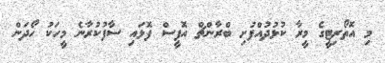
މި އޮތޯރިޓީގެ މީރާ ކުޅުދުއްފުށި ބްރާންޗް އޮފީސް ފޮޅައި ސާފުކުރާނެ މީހަކު ހޯދަން